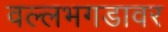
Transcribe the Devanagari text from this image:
वल्लभगडावर